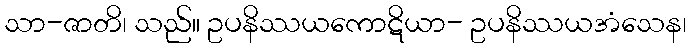
သာ-ဇာတိ၊ သည်။ ဥပနိဿယကောဋိယာ- ဥပနိဿယအံသေန၊